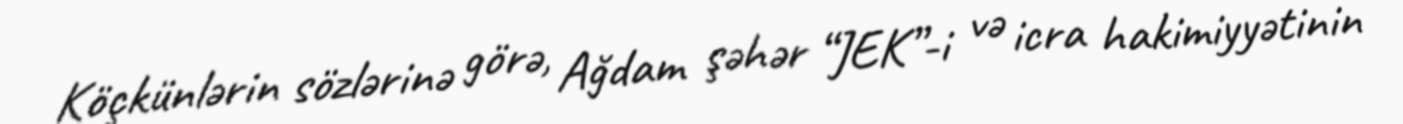
Köçkünlərin sözlərinə görə, Ağdam şəhər “JEK”-i və icra hakimiyyətinin